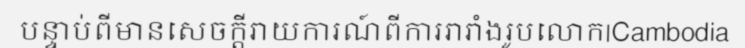
បន្ទាប់ពីមានសេចក្តីរាយការណ៍ពីការរារាំងរូបលោក|Cambodia